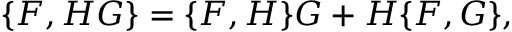
\{ F , H G \} = \{ F , H \} G + H \{ F , G \} ,